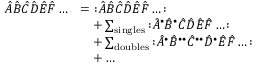
{ \begin{array} { r l } { { \hat { A } } { \hat { B } } { \hat { C } } { \hat { D } } { \hat { E } } { \hat { F } } \ldots } & { = { \mathopen { : } } { \hat { A } } { \hat { B } } { \hat { C } } { \hat { D } } { \hat { E } } { \hat { F } } \ldots { \mathclose { : } } } \\ & { \quad + \sum _ { \mathrm { s i n g l e s } } { \mathopen { : } } { \hat { A } } ^ { \bullet } { \hat { B } } ^ { \bullet } { \hat { C } } { \hat { D } } { \hat { E } } { \hat { F } } \ldots { \mathclose { : } } } \\ & { \quad + \sum _ { \mathrm { d o u b l e s } } { \mathopen { : } } { \hat { A } } ^ { \bullet } { \hat { B } } ^ { \bullet \bullet } { \hat { C } } ^ { \bullet \bullet } { \hat { D } } ^ { \bullet } { \hat { E } } { \hat { F } } \ldots { \mathclose { : } } } \\ & { \quad + \ldots } \end{array} }